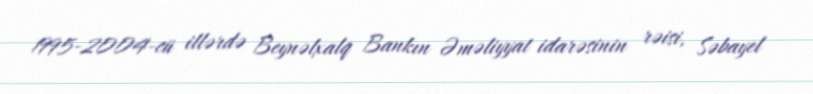
1995-2004-cü illərdə Beynəlxalq Bankın Əməliyyat idarəsinin rəisi, Səbayel